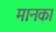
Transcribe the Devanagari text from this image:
मानक।